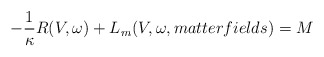
\begin{align*}-\frac{1}{\kappa}R(V,\omega ) + L_{m}(V,\omega, matter fields) = M \end{align*}